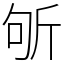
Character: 斪